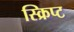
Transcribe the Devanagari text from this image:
स्क्रिप्‍ट